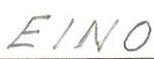
EINO